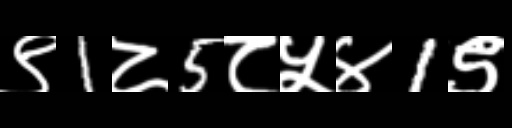
Text: ९1८5८५४1९